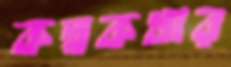
কল্পকথার